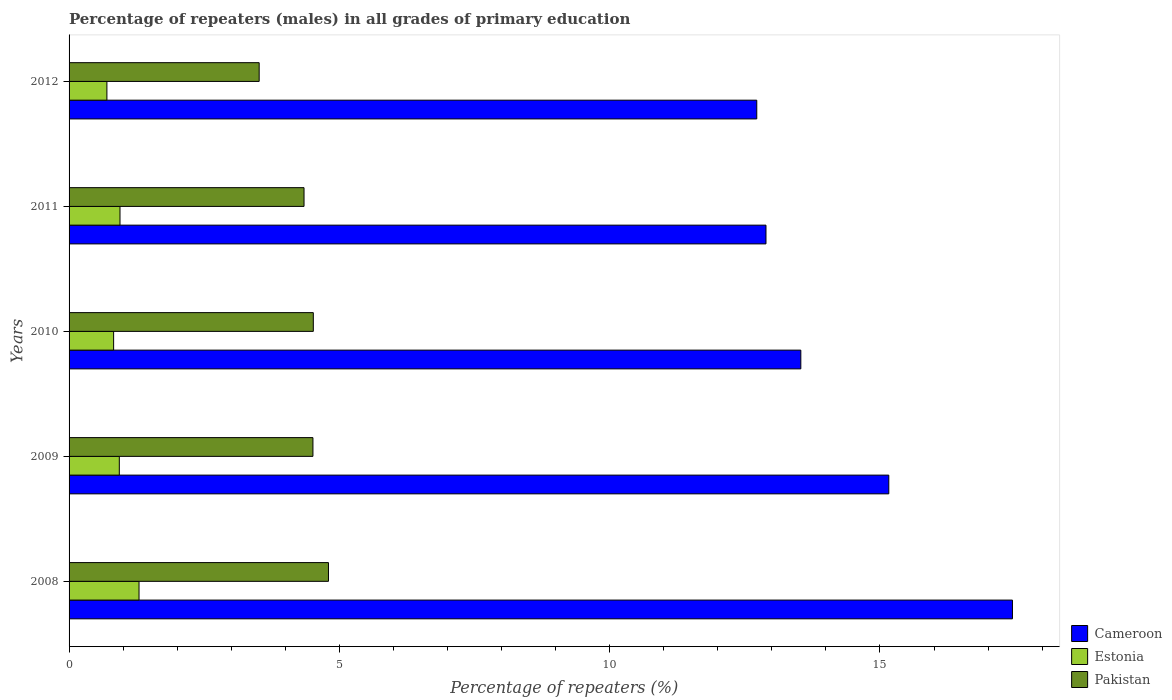
| Years | Cameroon | Estonia | Pakistan |
 | --- | --- | --- | --- |
 | 2008 | 17.5 | 1.29 | 4.8 |
 | 2009 | 15.2 | 0.929 | 4.51 |
 | 2010 | 13.5 | 0.824 | 4.52 |
 | 2011 | 12.9 | 0.942 | 4.35 |
 | 2012 | 12.7 | 0.7 | 3.52 |